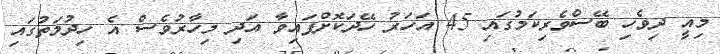
މިއީ ދިވެހި ބޭސްވެރިކަމުގައި 45 އަހަރު ހޭދަކޮށްފައިވާ އަދި މިހާރުވެސް އެ ހިދުމަތުގައި